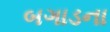
બગાડના